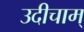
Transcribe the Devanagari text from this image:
उदीचाम्